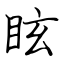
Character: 眩